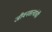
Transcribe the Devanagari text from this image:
जीवनसत्वांची